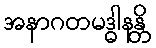
အနာဂတမဒ္ဓါနန္တိ